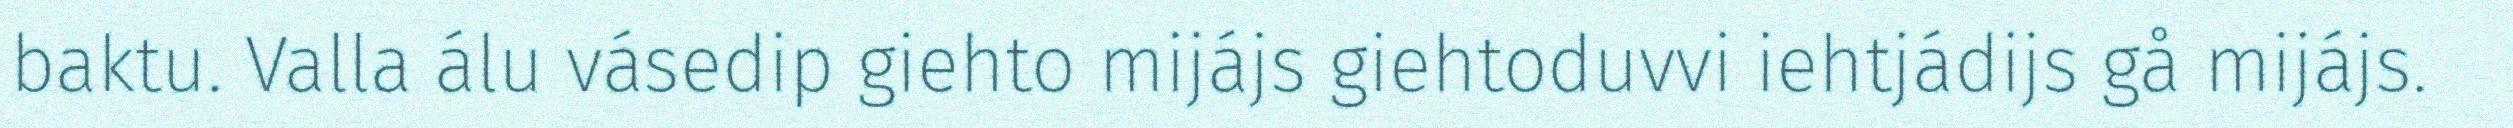
baktu. Valla álu vásedip giehto mijájs giehtoduvvi iehtjádijs gå mijájs.